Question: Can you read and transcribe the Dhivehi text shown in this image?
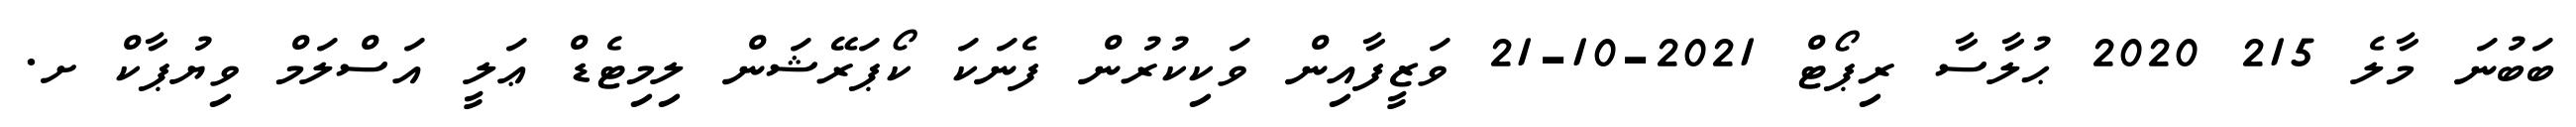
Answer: ބަބުނަ މާލެ 215 2020 ޙުލާސާ ރިޕޯޓް 2021-10-21 ވަޒީފާއިން ވަކިކުރުން ފެނަކަ ކޯޕަރޭޝަން ލިމިޓެޑް ޢަލީ އަސްލަމް ވިޔުޕާކް ށ.